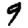
Digit: 9